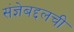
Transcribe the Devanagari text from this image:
संज्ञेबद्दलची